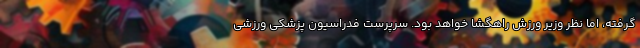
گرفته، اما نظر وزیر ورزش راهگشا خواهد بود. سرپرست فدراسیون پزشکی ورزشی